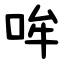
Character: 哞